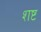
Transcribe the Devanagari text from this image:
शष्ट